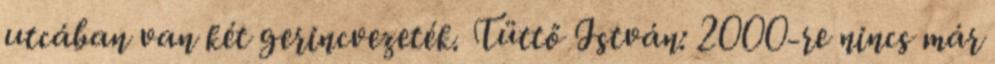
utcában van két gerincvezeték. Tüttő István: 2000-re nincs már